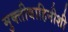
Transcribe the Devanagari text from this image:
मुक्तीबाहिनीशी